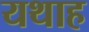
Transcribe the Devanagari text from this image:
यथाह